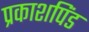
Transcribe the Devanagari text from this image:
प्रकाशपिंड